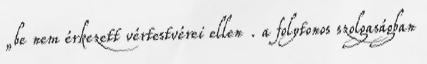
„be nem érkezett vértestvérei ellen . a folytonos szolgaságban